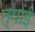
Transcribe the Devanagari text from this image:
त्यांई